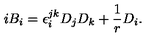
i B _ { i } = \epsilon _ { i } ^ { j k } D _ { j } D _ { k } + \frac { 1 } { r } D _ { i } .